NAE_EAA_P-1039_Kommunismi_Majak_kalurikolhoos, lk 18
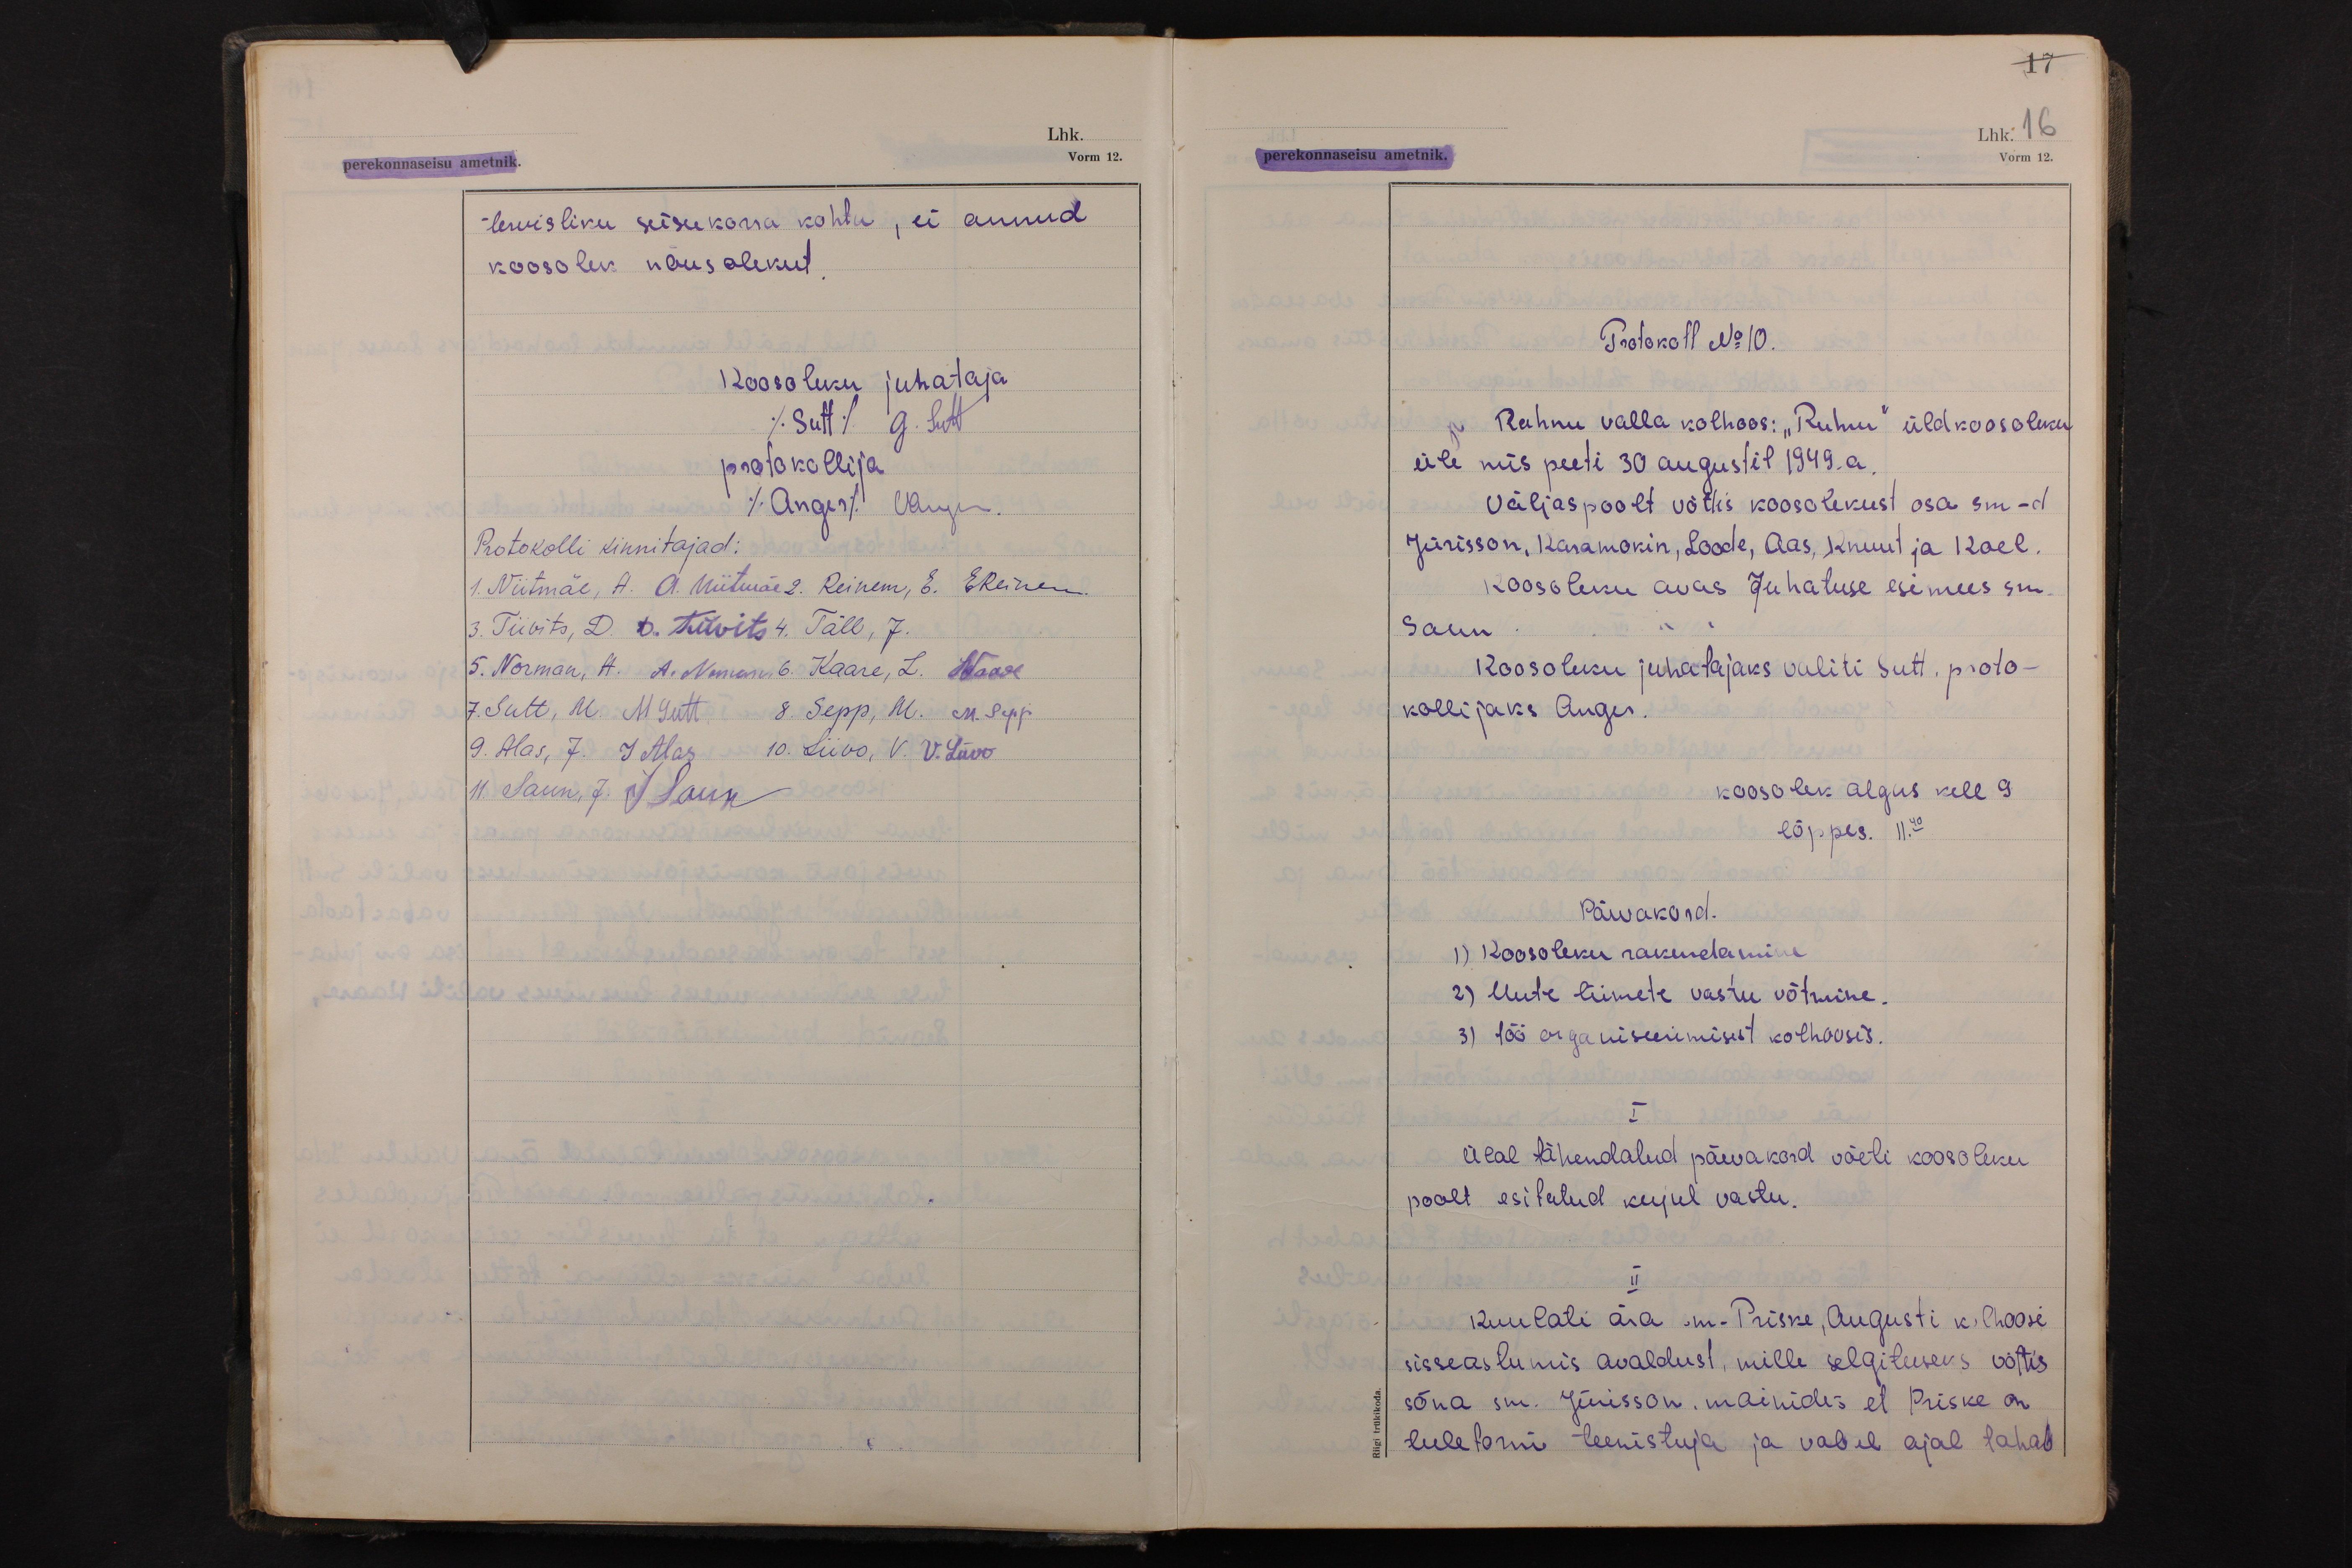
17
Lhk. 16
perekonnaseisu ametnik.
Vorm 12.

tervisliku seisukorra kohta, ei annud
koosolek nõusolekut.
Koosoleku juhataja
( Sutt) G. Sutt
protokollija
(Anger) VAnger
Protokolli kinnitajad:
1. Niitmäe, A. A. Niitmäe 2. Reinem, E. EReinem.
3. Tiivits, D. D. Tiivits 4. Täll, J.
5. Norman, A. A. Norman. 6. Kaare, L. LKaare
7. Sutt, M. M Sutt. 8. Sepp, M. M. Sepp
9. Alas, J. J Alas. 10. Liivo, V. V. Liivo
11. Saun, J. J Saun

Protokoll No 10.
Ruhnu valla kolhoos: "Ruhnu" üldkoosoleku
üle mis peeti 30 augustil 1949.a.
Väljaspoolt võttis koosolekust osa sm-d
Jürisson, Karamokin, Loode, Aas, Knuut ja Koel.
Koosoleku avas Juhatuse esimees sm
Saun.
Koosoleku juhatajaks valiti Sutt. proto-
kollijaks Anger.
koosolek algus kell 9
lõppes. 11.40
Päevakord.
1) Koosoleku rakendamine
2) Uute liimete vastu võtmine.
3) töö organiseerimisest kolhoosis.
I
Ülal tähendatud päevakord võeti koosoleku
poolt esitatud kujul vastu.
II
Kuulati ära sm- Priske, Augusti kolhoosi
sisseastumis avaldust, mille selgituseks võttis
sõna sm. Jürisson, mainides et Priske on
tuletorni teenistuja ja vabal ajal tahab